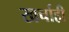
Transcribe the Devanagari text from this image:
खर्चाही